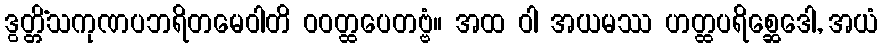
ဒွတ္တိံသကုဏပဘရိတမေဝါတိ ဝဝတ္ထပေတဗ္ဗံ။ အထ ဝါ အယမဿ ဟတ္ထပရိစ္ဆေဒေါ, အယံ